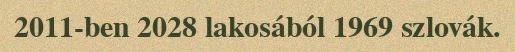
2011-ben 2028 lakosából 1969 szlovák.